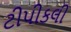
ટીપીકલી